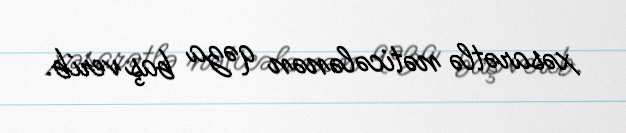
xəsarətlə nəticələnən qəza baş verib.